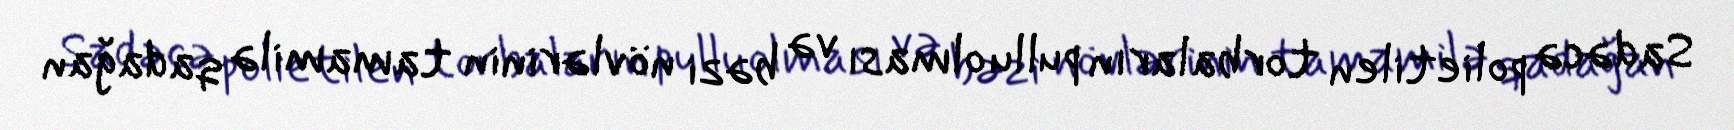
Sadəcə polietilen torbaların pullu olması və bəzi növlərinin tamamilə qadağan